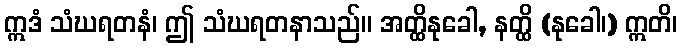
ဣဒံ သံဃရတနံ၊ ဤ သံဃရတနာသည်။ အတ္ထိနုခေါ, နတ္ထိ (နုခေါ၊) ဣတိ၊